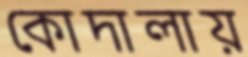
কোদালায়